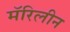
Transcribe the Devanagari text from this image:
मॅरिलीन